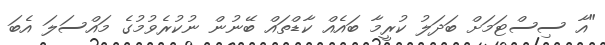
"އާ ސިސްޓަމަށް ބަދަލު ކުރީމާ ބައެއް ކާޑްތައް ބޭނުން ނުކުރެވުމުގެ މައްސަލަ އެބަ